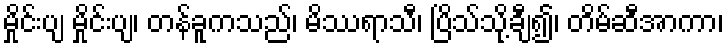
မှိုင်းပျ မှိုင်းပျ၊ တန်ခူကသည်၊ မိဿရာသီ၊ ပြိသ်သို့ချီ၍၊ တိမ်ဆီအာကာ၊